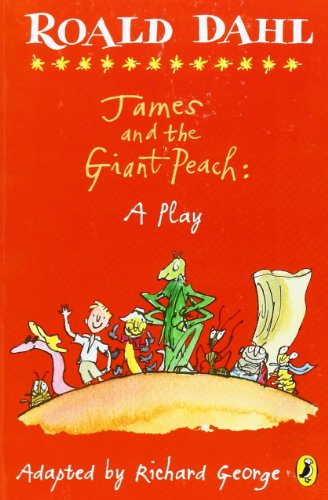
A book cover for James and the Giant Peach: a Play; Roald Dahl; Literature & Fiction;